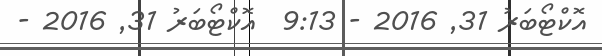
އޮކްޓޯބަރު 31